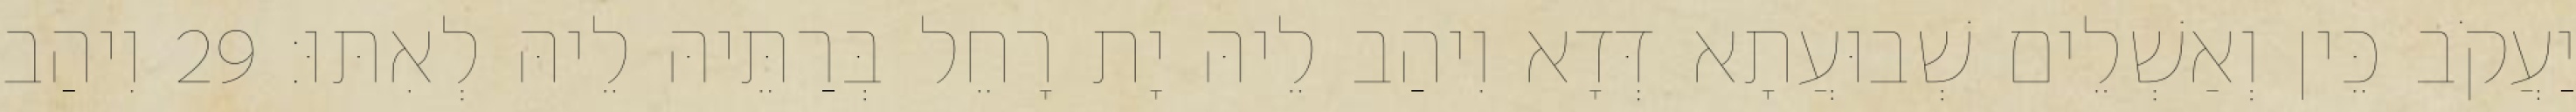
יַעֲקֹב כֵּין וְאַשְׁלֵים שְׁבוּעֲתָא דְּדָא וִיהַב לֵיהּ יָת רָחֵל בְּרַתֵּיהּ לֵיהּ לְאִתּוּ׃ 29 וִיהַב